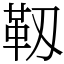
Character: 靱